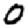
Digit: 0